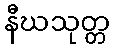
နီဃသုတ္တ